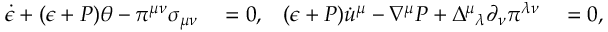
\begin{array} { r l r l } { \dot { \epsilon } + ( \epsilon + P ) \theta - \pi ^ { \mu \nu } \sigma _ { \mu \nu } } & { { } = 0 , } & { ( \epsilon + P ) \dot { u } ^ { \mu } - \nabla ^ { \mu } P + \Delta ^ { \mu } { } _ { \lambda } \partial _ { \nu } \pi ^ { \lambda \nu } } & { { } = 0 , } \end{array}